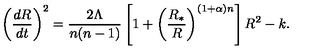
\left( { \frac { d R } { d t } } \right) ^ { 2 } = { \frac { 2 \Lambda } { n ( n - 1 ) } } \left[ 1 + \left( { \frac { R _ { * } } { R } } \right) ^ { ( 1 + \alpha ) n } \right] R ^ { 2 } - k .